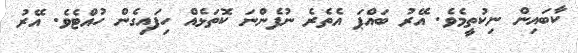
ކާބައިން ނިކުތީމެވެ. އޭރު ބައްޕަ އެތެރެ ނުފެންނަ ކޮތަޅެއް ހިފައިގެން ހުއްޓެވެ. އޭރު